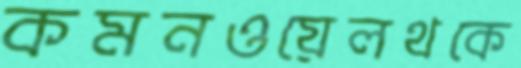
কমনওয়েলথকে